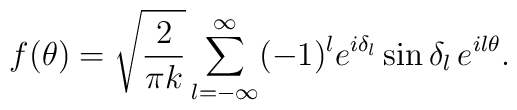
f(\theta)=\sqrt{2\over\pi k}\sum_{l=-\infty}^{\infty}(-1)^l e^{i\delta_l}\sin\delta_l\,e^{il\theta}.